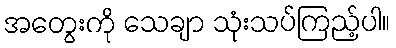
အတွေးကို သေချာ သုံးသပ်ကြည့်ပါ။